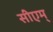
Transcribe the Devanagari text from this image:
सीएम्